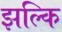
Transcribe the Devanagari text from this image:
झल्कि